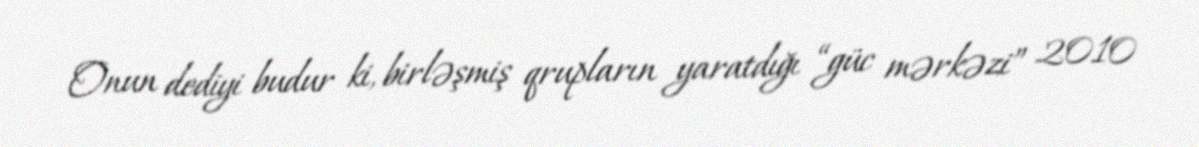
Onun dediyi budur ki, birləşmiş qrupların yaratdığı “güc mərkəzi” 2010